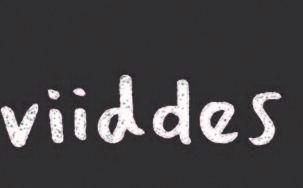
viiddes